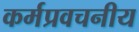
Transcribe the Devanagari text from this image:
कर्मप्रवचनीय